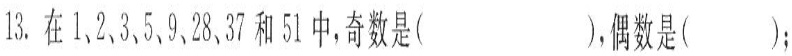
13.在1、2、3、5、9、28、37和51中，奇数是（ ），偶数是（ ）；